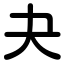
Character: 夬